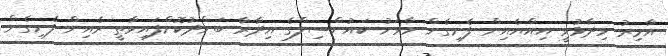
އާމިރު ވިދާޅުވީ އިއްޔެއިން ފެށިގެން މާވަށު ކައުންސިލްގެ އިދާރާ ބަންދުކޮށްފައިވާތީ ރެއިން ފެށިގެން